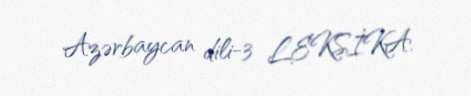
Azərbaycan dili-3 LEKSİKA.